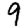
Digit: 9